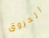
الحروق